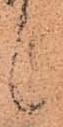
候